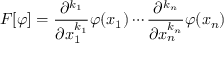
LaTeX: F [ \varphi ] = { \frac { \partial ^ { k _ { 1 } } } { \partial x _ { 1 } ^ { k _ { 1 } } } } \varphi ( x _ { 1 } ) \cdots { \frac { \partial ^ { k _ { n } } } { \partial x _ { n } ^ { k _ { n } } } } \varphi ( x _ { n } )